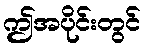
ဤအပိုင်းတွင်